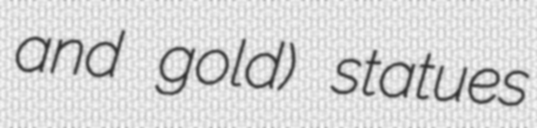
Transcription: and gold) statues